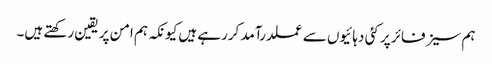
ہم سیز فائر پر کئی دہائیوں سے عملدرآمد کررہے ہیں کیونکہ ہم امن پر یقین رکھتے ہیں۔